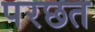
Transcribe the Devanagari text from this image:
परछत